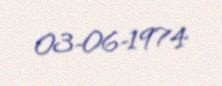
03-06-1974